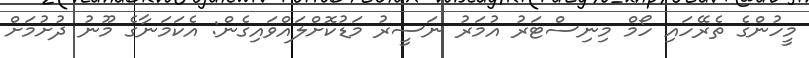
މީހުންގެ ތެރޭހައި ހޯމް މިނިސްޓަރު އުމަރު ނަސީރު މަޑުކޮށްލައްވައިގެން: އެކަމަނާގެ މޫނު ދުށުމަށް